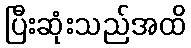
ပြီးဆုံးသည်အထိ